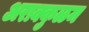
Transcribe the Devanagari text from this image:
अराक्कुळम